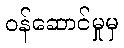
ဝန်ဆောင်မှုမှ